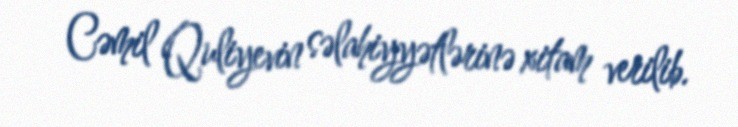
Cəmil Quliyevin səlahiyyətlərinə xitam verilib.